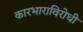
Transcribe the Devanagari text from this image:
कारभाराविरोधी